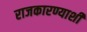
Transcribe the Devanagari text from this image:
राजकारण्याशी